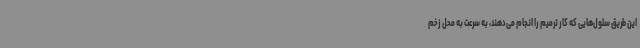
این طریق سلول‌هایی که کار ترمیم را انجام می‌دهند، به سرعت به محل زخم